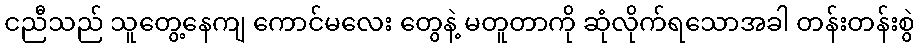
ငညီသည် သူတွေ့နေကျ ကောင်မလေး တွေနဲ့ မတူတာကို ဆုံလိုက်ရသောအခါ တန်းတန်းစွဲ